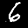
Digit: 6